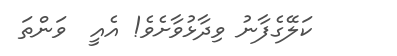
ކަލޭގެފާނު ވިދާޅުވާށެވެ! އެއީ  ވަންތަ